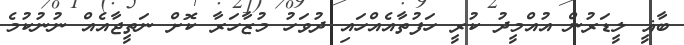
ބާޣީ ލީޑަރުން އުއްމީދު ކުރީ ހަފުތާއެއްހައި ދުވަހު މުޒާހަރާ ކޮށް ނަތީޖާއެއް ނުނުކުމެ